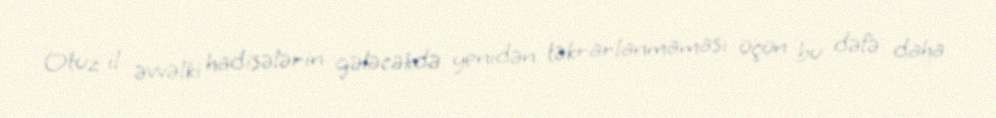
Otuz il əvvəlki hadisələrin gələcəkdə yenidən təkrarlanmaması üçün bu dəfə daha